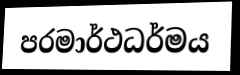
පරමාර්ථධර්මය